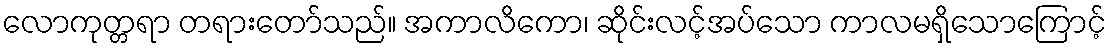
လောကုတ္တရာ တရားတော်သည်။ အကာလိကော၊ ဆိုင်းလင့်အပ်သော ကာလမရှိသောကြောင့်